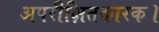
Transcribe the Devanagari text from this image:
अपरीक्षितकारक।